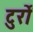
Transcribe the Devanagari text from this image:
टुर्रों